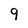
Character: 9